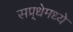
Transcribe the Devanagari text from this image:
सप्र्धेमध्ये